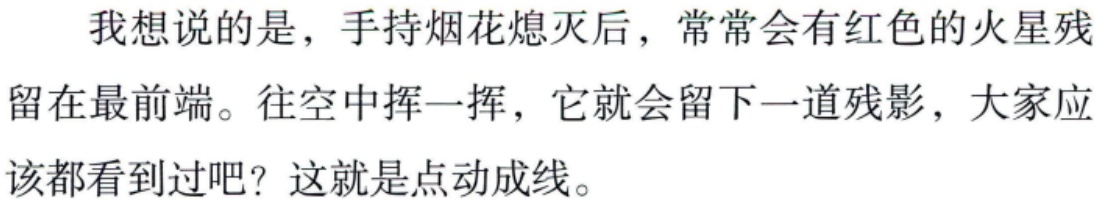
我想说的是，手持烟花熄灭后，常常会有红色的火星残留在最前端。往空中挥一挥，它就会留下一道残影，大家应该都看到过吧？这就是点动成线。